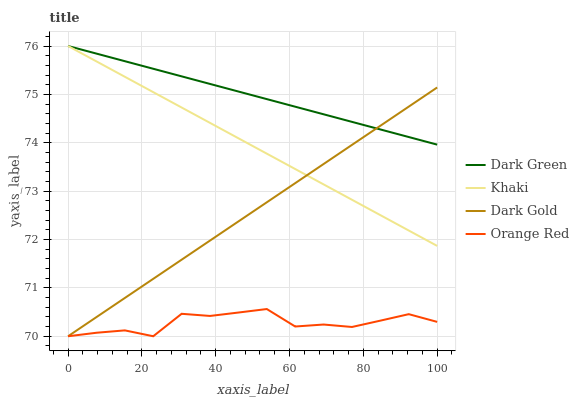
| xaxis_label | Dark Green | Khaki | Dark Gold | Orange Red |
 | --- | --- | --- | --- | --- |
 | 0 | 76 | 76 | 70 | 70 |
 | 7.69 | 75.8 | 75.7 | 70.4 | 70.1 |
 | 15.4 | 75.7 | 75.4 | 70.8 | 70.1 |
 | 23.1 | 75.5 | 75 | 71.2 | 70 |
 | 30.8 | 75.4 | 74.7 | 71.6 | 70.5 |
 | 38.5 | 75.2 | 74.4 | 72 | 70.4 |
 | 46.2 | 75.1 | 74.1 | 72.4 | 70.5 |
 | 53.8 | 74.9 | 73.8 | 72.8 | 70.6 |
 | 61.5 | 74.7 | 73.5 | 73.2 | 70.2 |
 | 69.2 | 74.6 | 73.1 | 73.6 | 70.2 |
 | 76.9 | 74.4 | 72.8 | 74 | 70.2 |
 | 84.6 | 74.3 | 72.5 | 74.4 | 70.3 |
 | 92.3 | 74.1 | 72.2 | 74.7 | 70.5 |
 | 100 | 74 | 71.9 | 75.1 | 70.3 |